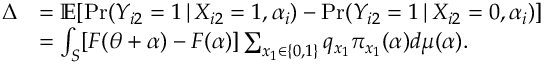
\begin{array} { r l } { \Delta } & { = \mathbb { E } [ \operatorname* { P r } ( Y _ { i 2 } = 1 \, | \, X _ { i 2 } = 1 , \alpha _ { i } ) - \operatorname* { P r } ( Y _ { i 2 } = 1 \, | \, X _ { i 2 } = 0 , \alpha _ { i } ) ] } \\ & { = \int _ { { \cal { S } } } [ F ( \theta + \alpha ) - F ( \alpha ) ] \sum _ { x _ { 1 } \in \{ 0 , 1 \} } q _ { x _ { 1 } } \pi _ { x _ { 1 } } ( \alpha ) d \mu ( \alpha ) . } \end{array}